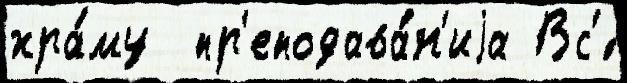
хра́му  пр'еподава́н'иjа Вс'́